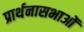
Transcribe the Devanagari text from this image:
प्रार्थनासभाओं